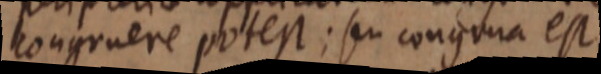
congruere potest; seu congrua est